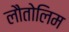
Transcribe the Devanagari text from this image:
लौतोलिम